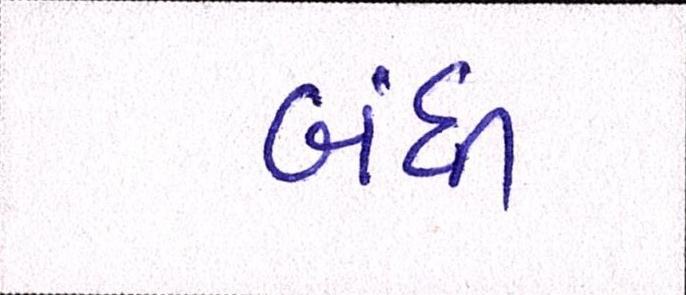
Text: બંધી